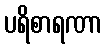
ပရိစာရဏာ